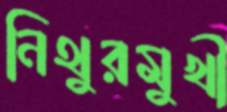
নিথুরমুখী